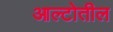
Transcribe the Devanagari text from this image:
आल्टोतील